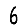
Digit: 6